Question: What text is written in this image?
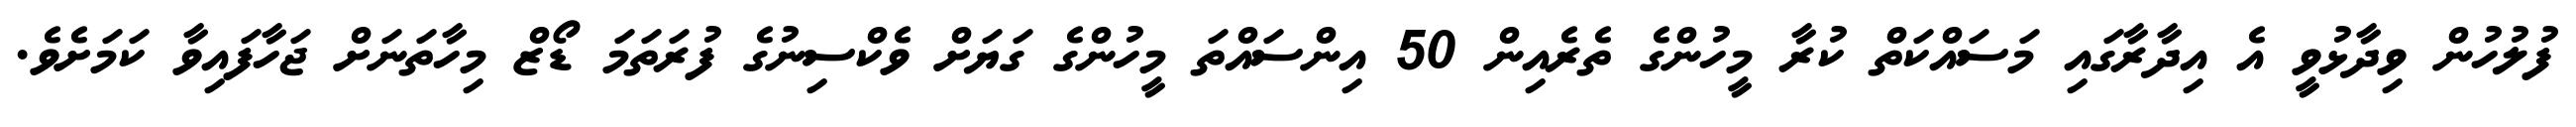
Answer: ފުލުހުން ވިދާޅުވީ އެ އިދާރާގައި މަސައްކަތް ކުރާ މީހުންގެ ތެރެއިން 50 އިންސައްތަ މީހުންގެ ގަޔަށް ވެކްސިނުގެ ފުރަތަމަ ޑޯޒް މިހާތަނަށް ޖަހާފައިވާ ކަމަށެވެ.